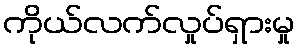
ကိုယ်လက်လှုပ်ရှားမှု